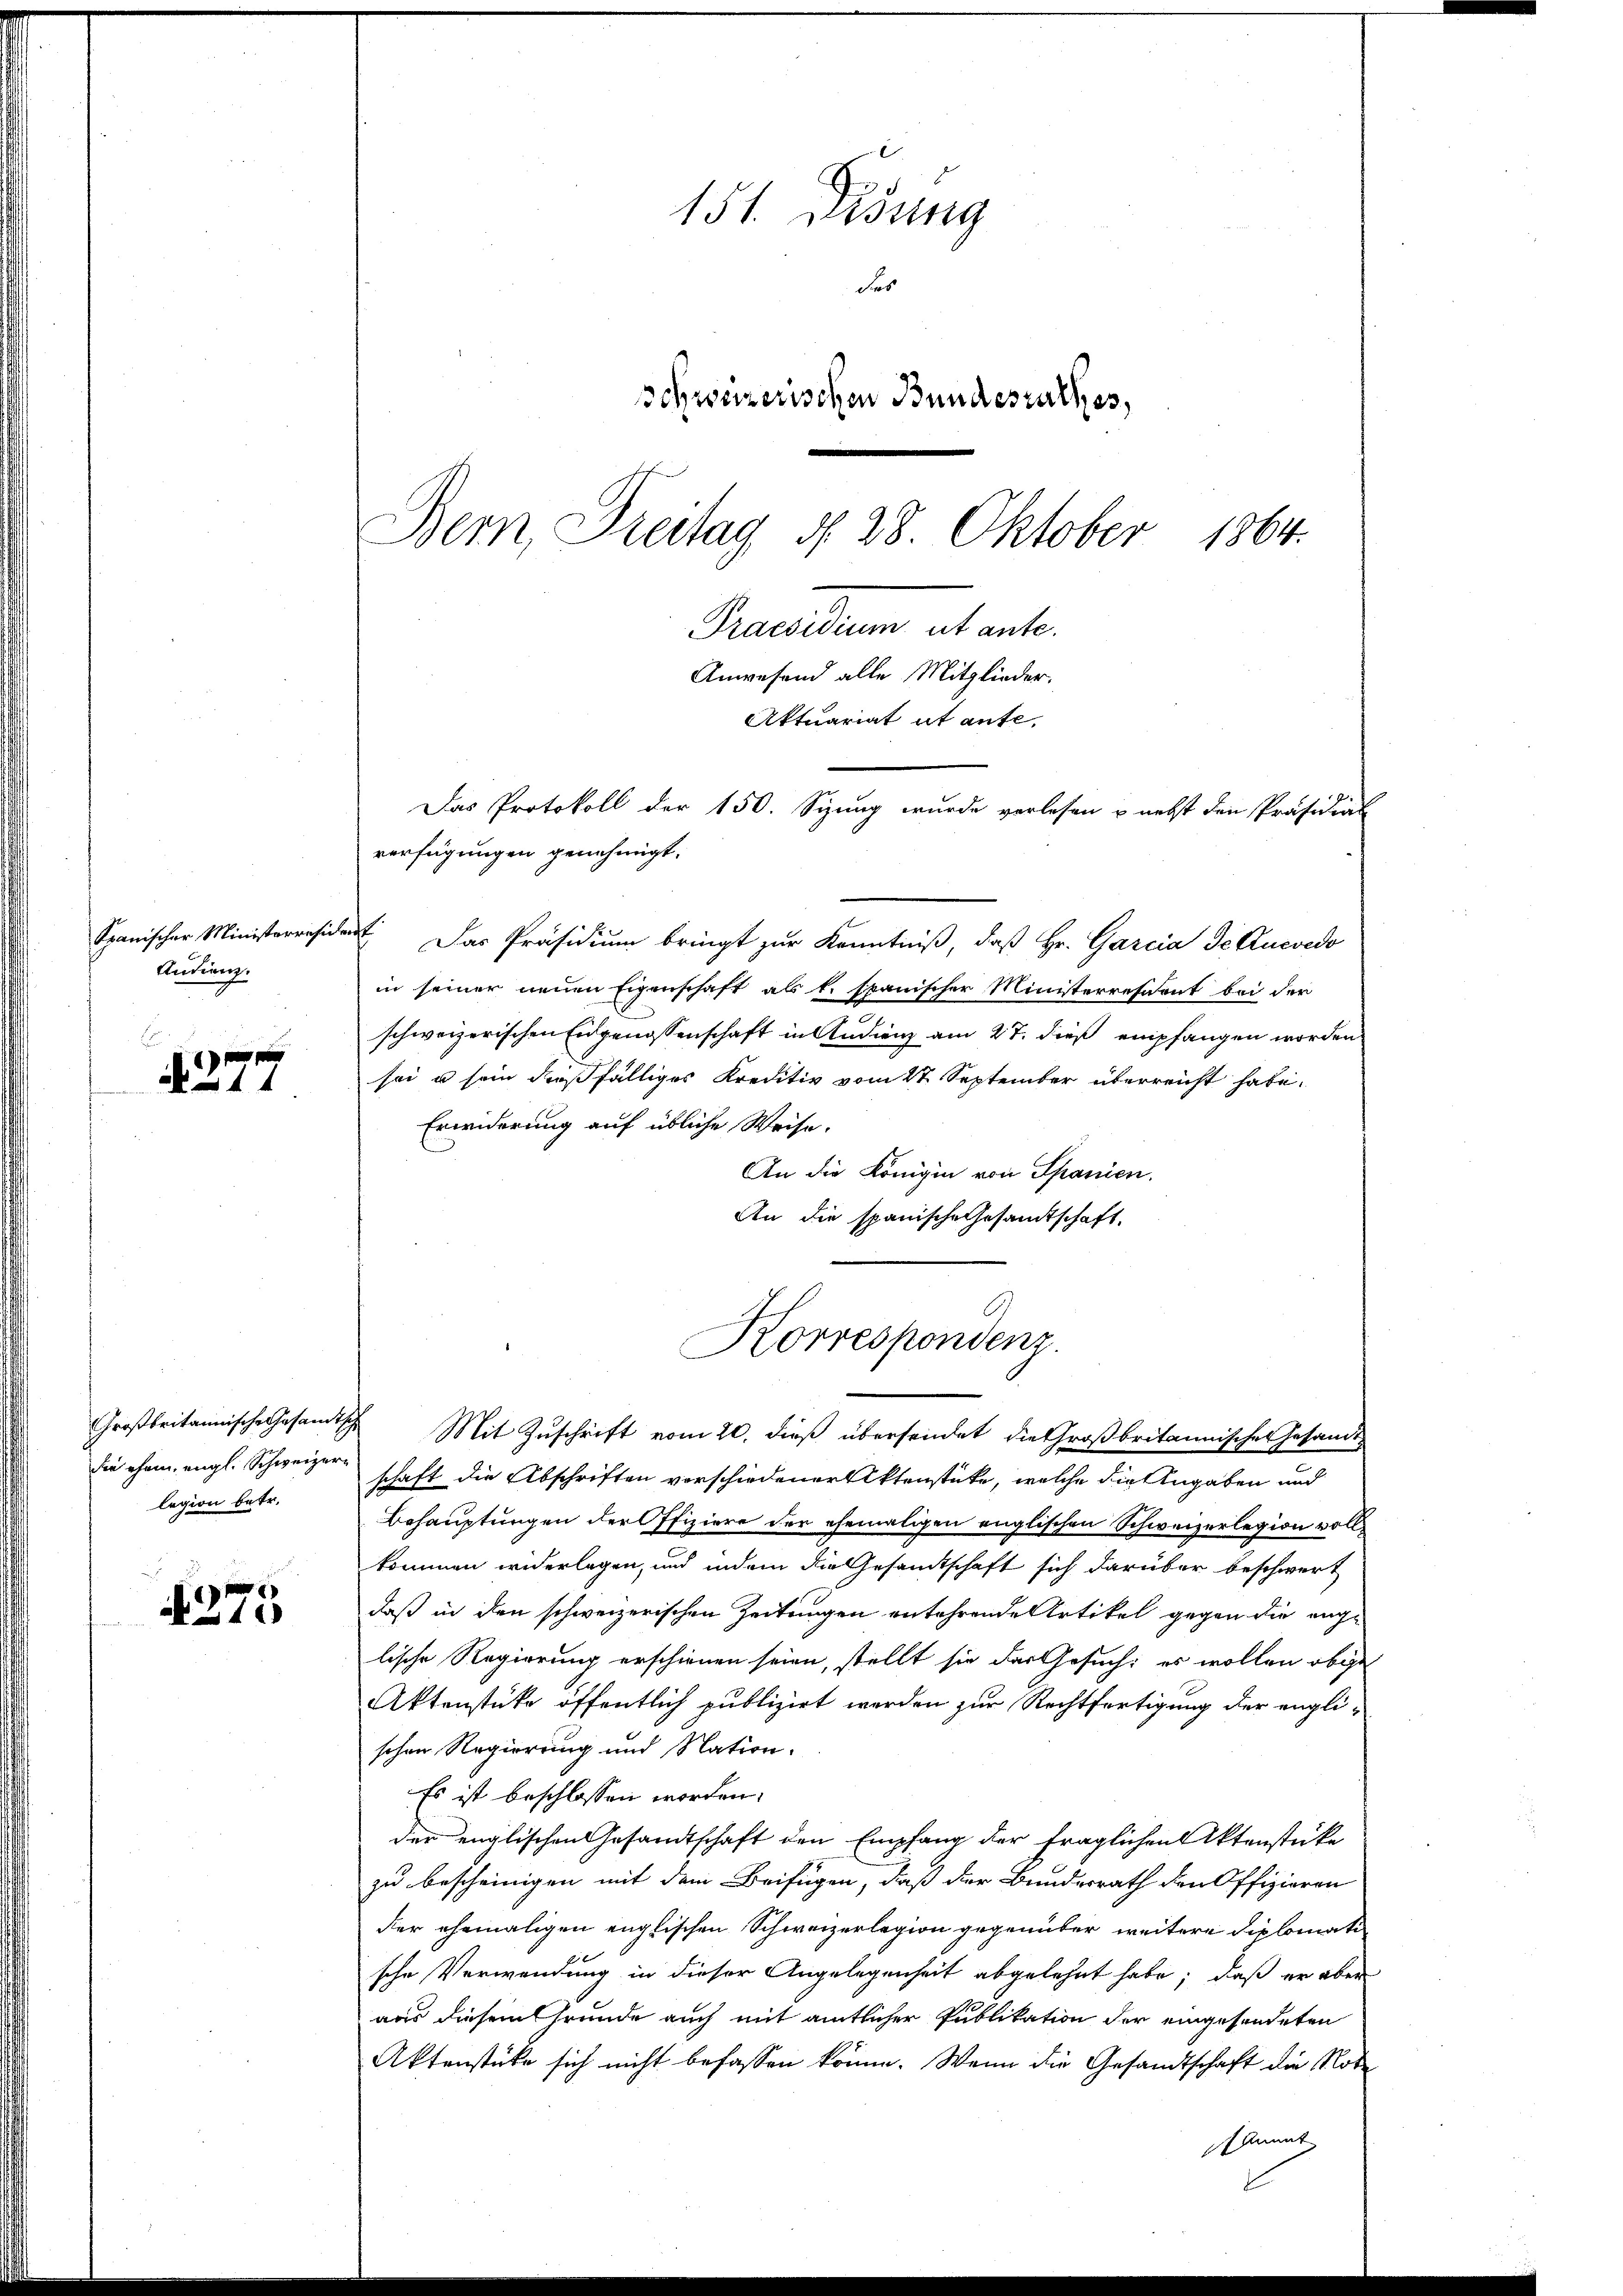
Spanischer Ministerresiden
Andienz.

E
 x
44

legion betr.

i
375

151. Didung
des
Schweizerischen Bundesrathes,
Bern, Breitag §. 28. Oktober 1864.
Praesidium et ante.
Anwesend alle Mitglieder.
Aktuariat et aufe,
Das Protokoll der 150. Sizung wurde verlesen u. nebst den Präsidial
verfügungen genehmigt.

t. Das Präsidium bringt zur Kenntniß, daß Hr. Garcia de lucedo
in seiner neuen Eigenschaft als k. spanischer Ministerresident bei der
schweizerischen Eidgenossenschaft in Audienz am 27. dieß empfangen worden
sei u sein dießfälliges Kreditiv vom 27. September überreicht habe.
Erwiderung auf übliche Weise.
An die Königin von Spanien.
An die spanische Gesamtschaft.

Korrespondenz.

Großbritannische Gesamtsche Mit Zuschrift vom 20. dieß übersendet die Großbritannisches Gesandt
die ehem engl. Schweizer schaft die Abschriften verschiedener Aktenstücke, welche die Angaben und
Behauptungen der Pfiziere der ehemaligen englischen Schweizerlegion vollkommen widerlegen, und indem die Gesandtschaft sich darüber beschwert
daß in den schweizerischen Zeitungen entehrende Artikel gegen die ange
lische Regierung erschienen seien, stellt sie das Gesuch: es wollen obige
Aktenstüke öffentlich publizirt werden zur Rechtfertigung der engli-
schen Regierung und Nation.
Es ist beschlossen worden.
der englischen Gesandtschaft den Empfang der fraglichen Aktenstücke
zu bescheinigen mit dem Beifügen, daß der Bundesrath den Offizieren
der ehemaligen englischen Schweizerlegion gegenüber weitere Diplomatische Verwendung in dieser Angelegenheit abgelehnt habe; daß er aber
aus diesem Grunde auch mit amtlicher Publikation der eingesendeten
Aktenstücke sich nicht befassen könne. Wenn die Gesandtschaft die Note
Ammit